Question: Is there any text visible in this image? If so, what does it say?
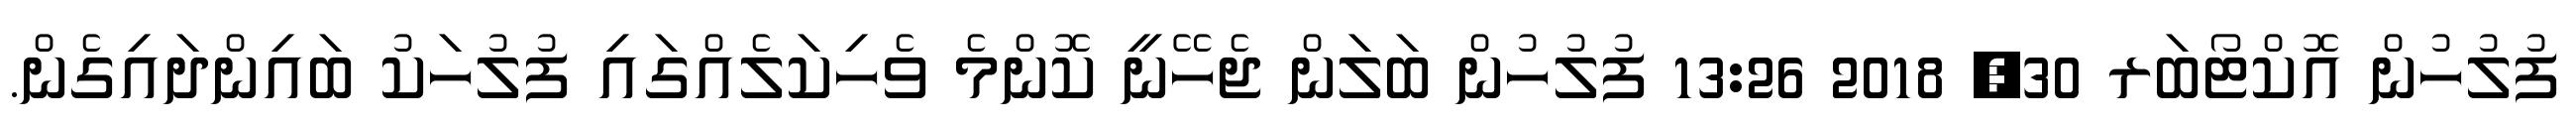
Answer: ފުލުހުން އޮކްޓޯބަރ 30, 2018 13:26 ފުލުހުން ބަލަން ޖެހޭނީ ކޮންމެ ވެހިކަލެއްގައި ފުލުހަކު ބައިންދައިގެން.